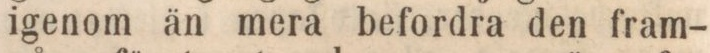
igenom än mera befordra den fram-